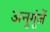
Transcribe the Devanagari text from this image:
अनुगूंजें